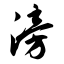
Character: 滂